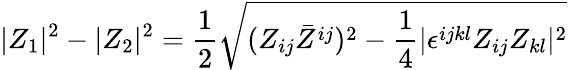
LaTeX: |Z_{1}|^{2}-|Z_{2}|^{2}={\frac{1}{2}}\sqrt{(Z_{ij}\bar{Z}^{ij})^{2}-{\frac{1}{4}}|\epsilon^{ijkl}Z_{ij}Z_{kl}|^{2}}